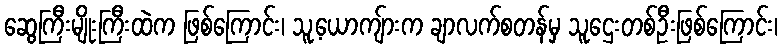
ဆွေကြီးမျိုးကြီးထဲက ဖြစ်ကြောင်း၊ သူ့ယောကျ်ားက ချာလက်စတန်မှ သူဌေးတစ်ဦးဖြစ်ကြောင်း၊